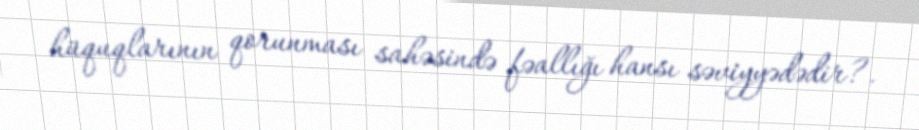
hüquqlarının qorunması sahəsində fəallığı hansı səviyyədədir?.